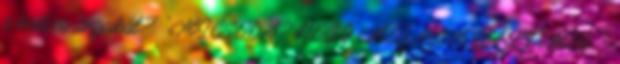
a kedves anyukát?" "MICSODA? HOGY MÉG NEM HALT MEG "